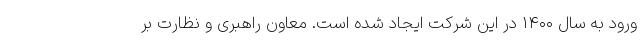
ورود به سال ۱۴۰۰ در این شرکت ایجاد شده است. معاون راهبری و نظارت بر